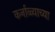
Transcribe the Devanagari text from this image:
कर्नाळ्याच्या